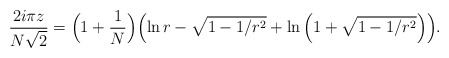
\begin{align*}{2 i\pi z\over N\sqrt{2}} = \Bigl( 1+{1\over N} \Bigr) \Bigl(\ln r - \sqrt{1-1/r^{2}} + \ln \left(1+\sqrt{1-1/r^{2}}\right) \Bigr).\end{align*}